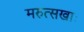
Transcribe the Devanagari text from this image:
मरुत्सखाः